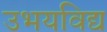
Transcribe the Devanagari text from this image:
उभयविद्य